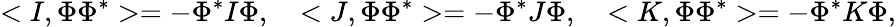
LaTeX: <I,\Phi\Phi^{*}>=-\Phi^{*}I\Phi,\quad<J,\Phi\Phi^{*}>=-\Phi^{*}J\Phi,\quad<K,\Phi\Phi^{*}>=-\Phi^{*}K\Phi,